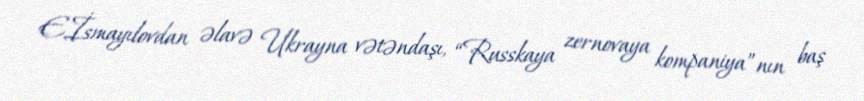
E.İsmayılovdan əlavə Ukrayna vətəndaşı, “Russkaya zernovaya kompaniya”nın baş